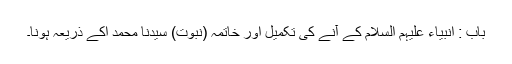
باب : انبیاء علیہم السلام کے آنے کی تکمیل اور خاتمہ (نبوت) سیدنا محمد اکے ذریعہ ہونا۔